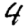
Digit: 4